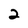
Character: 2